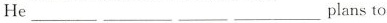
He ___ ___ ___ ___ plans to